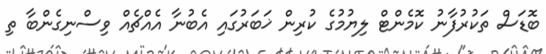
ބޮޑަސް ތަކުރުފާނު ކޮމެންޓް ލިޔުމުގެ ކުރިން ޚަބަރުގައި އެބުނާ އެއްޗެއް ވިސްނިގެންބާ ތި